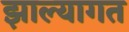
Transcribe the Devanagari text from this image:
झाल्यागत